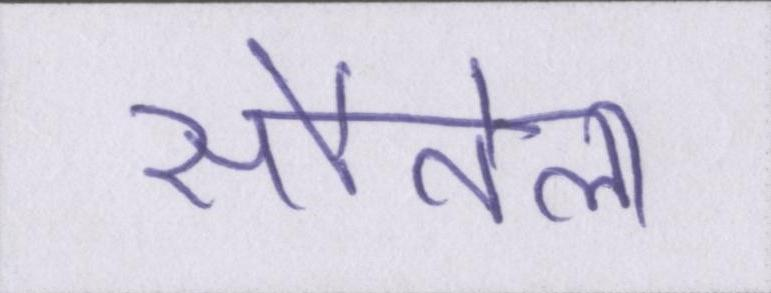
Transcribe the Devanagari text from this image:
सौतेला